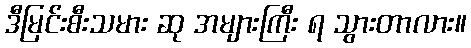
ဒီမြင်းစီးသမား ဆု အများကြီး ရ သွားတာလား။